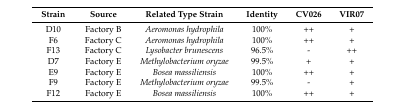
| Strain | Source | Related Type Strain | Identity | CV026 | VIR07 |
 | --- | --- | --- | --- | --- | --- |
 | D10 | Factory B | Aeromonas hydrophila | 100% | ++ | + |
 | F6 | Factory C | Aeromonas hydrophila | 100% | ++ | + |
 | F13 | Factory C | Lysobacter brunescens | 96.5% | - | ++ |
 | D7 | Factory E | Methylobacterium oryzae | 99.5% | + | + |
 | E9 | Factory E | Bosea massiliensis | 100% | ++ | + |
 | F9 | Factory E | Methylobacterium oryzae | 99.5% | - | + |
 | F12 | Factory E | Bosea massiliensis | 100% | ++ | + |